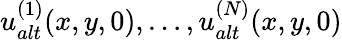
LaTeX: u_{alt}^{(1)}(x,y,0),\dots,u_{alt}^{(N)}(x,y,0)